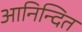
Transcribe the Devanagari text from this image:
आनिन्दित